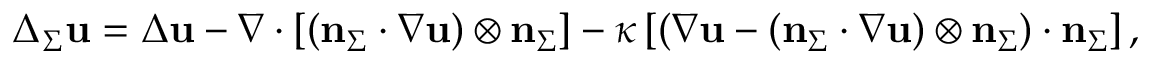
\Delta _ { \Sigma } \mathbf { u } = \Delta \mathbf { u } - \nabla \cdot \left[ ( \mathbf { n } _ { \Sigma } \cdot \nabla \mathbf { u } ) \otimes \mathbf { n } _ { \Sigma } \right] - \kappa \left[ \left( \nabla \mathbf { u } - ( \mathbf { n } _ { \Sigma } \cdot \nabla \mathbf { u } ) \otimes \mathbf { n } _ { \Sigma } \right) \cdot \mathbf { n } _ { \Sigma } \right] ,